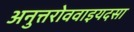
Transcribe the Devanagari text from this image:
अनुत्तरोववाइयदसा